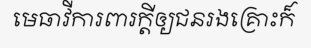
មេធាវីការពារក្តីឲ្យជនរងគ្រោះក៏